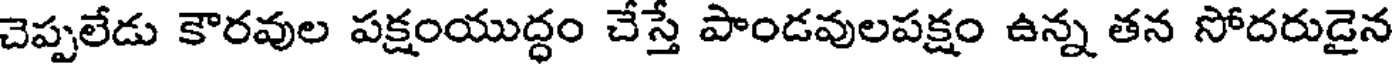
చెప్పలేడు కౌరవుల పక్షంయుద్ధం చేస్తే పాండవులపక్షం ఉన్న తన సోదరుడైన